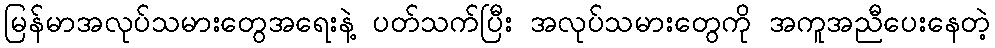
မြန်မာအလုပ်သမားတွေအရေးနဲ့ ပတ်သက်ပြီး အလုပ်သမားတွေကို အကူအညီပေးနေတဲ့